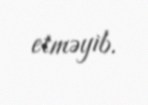
etməyib.